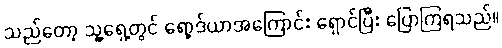
သည်တော့ သူ့ရှေ့တွင် ရော့ဒ်ယာအကြောင်း ရှောင်ပြီး ပြောကြရသည်။